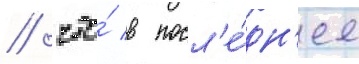
/ что́ в посл'е́дн'ее